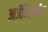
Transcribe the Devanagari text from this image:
आर्जेन्टिनातील